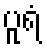
ပူရံ